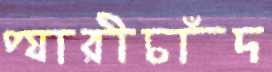
প্যারীচাঁদ